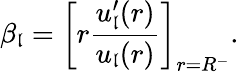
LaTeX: \beta_{\mathfrak{l}}=\left[r\frac{{u_{\mathfrak{l}}^{\prime}(r)}}{{u_{\mathfrak{l}}(r)}}\right]_{r=R^{-}}.